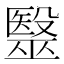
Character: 毉